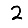
Digit: 2